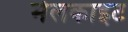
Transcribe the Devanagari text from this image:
मेलकाइट